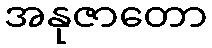
အနုဇာတော